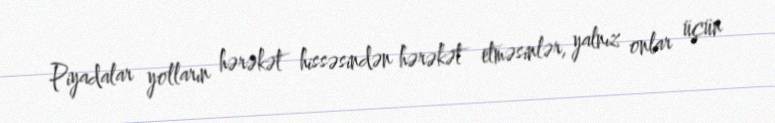
Piyadalar yolların hərəkət hissəsindən hərəkət etməsinlər, yalnız onlar üçün